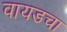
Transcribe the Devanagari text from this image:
वायडचा